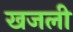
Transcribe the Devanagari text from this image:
खजली